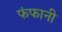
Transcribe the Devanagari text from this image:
फंफानी